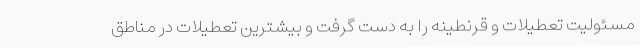
مسئولیت تعطیلات و قرنطینه‌ را به دست گرفت و بیشترین تعطیلات در مناطق